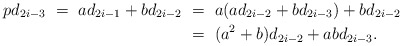
\begin{align*}pd_{2i-3} \ =\ ad_{2i-1} + bd_{2i-2} &\ =\ a(ad_{2i-2} + bd_{2i-3}) + bd_{2i-2}\\&\ =\ (a^2+b)d_{2i-2} + abd_{2i-3}.\end{align*}